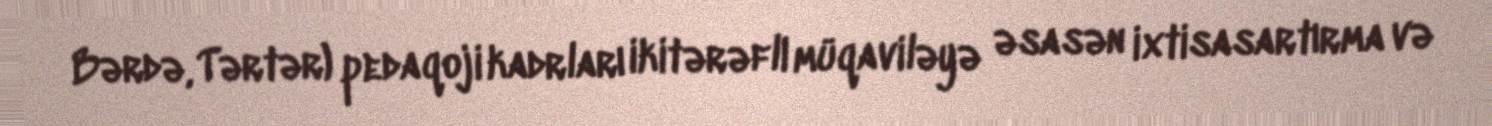
Bərdə, Tərtər) pedaqoji kadrları ikitərəfli müqaviləyə əsasən ixtisasartırma və